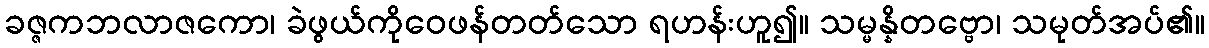
ခဇ္ဇကဘလာဇကော၊ ခဲဖွယ်ကိုဝေဖန်တတ်သော ရဟန်းဟူ၍။ သမ္မန္နိတဗ္ဗော၊ သမုတ်အပ်၏။